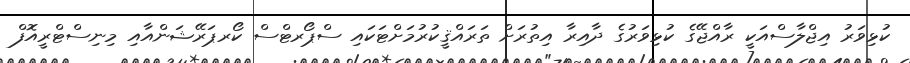
ކުޅިވަރު އިޖްލާސްއަކީ ރާއްޖޭގެ ކުޅިވަރުގެ ދާއިރާ އިތުރަށް ތަރައްޤީކުރުމަށްޓަކައި ސްޕޯރޓްސް ކޯރޕަރޭޝަންއާއި މިނިސްޓްރީއޮފް